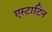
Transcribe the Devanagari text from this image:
एस्टाटिन